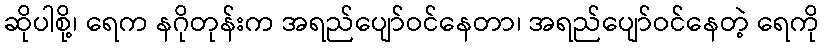
ဆိုပါစို့၊ ရေက နဂိုတုန်းက အရည်ပျော်ဝင်နေတာ၊ အရည်ပျော်ဝင်နေတဲ့ ရေကို